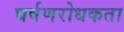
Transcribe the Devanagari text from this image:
घर्षणरोधकता